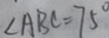
\angle A B C = 7 5 ^ { \circ }